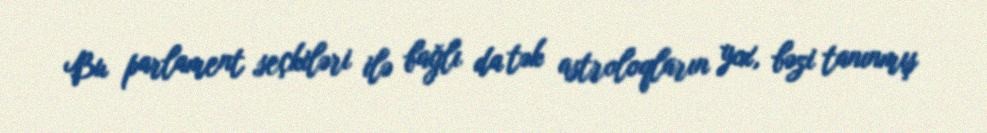
Bu parlament seçkiləri ilə bağlı da tək astroloqların yox, bəzi tanınmış